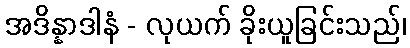
အဒိန္နာဒါနံ - လုယက် ခိုးယူခြင်းသည်၊